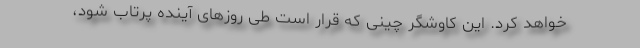
خواهد کرد. این کاوشگر چینی که قرار است طی روزهای آینده پرتاب شود،